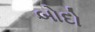
બોદો